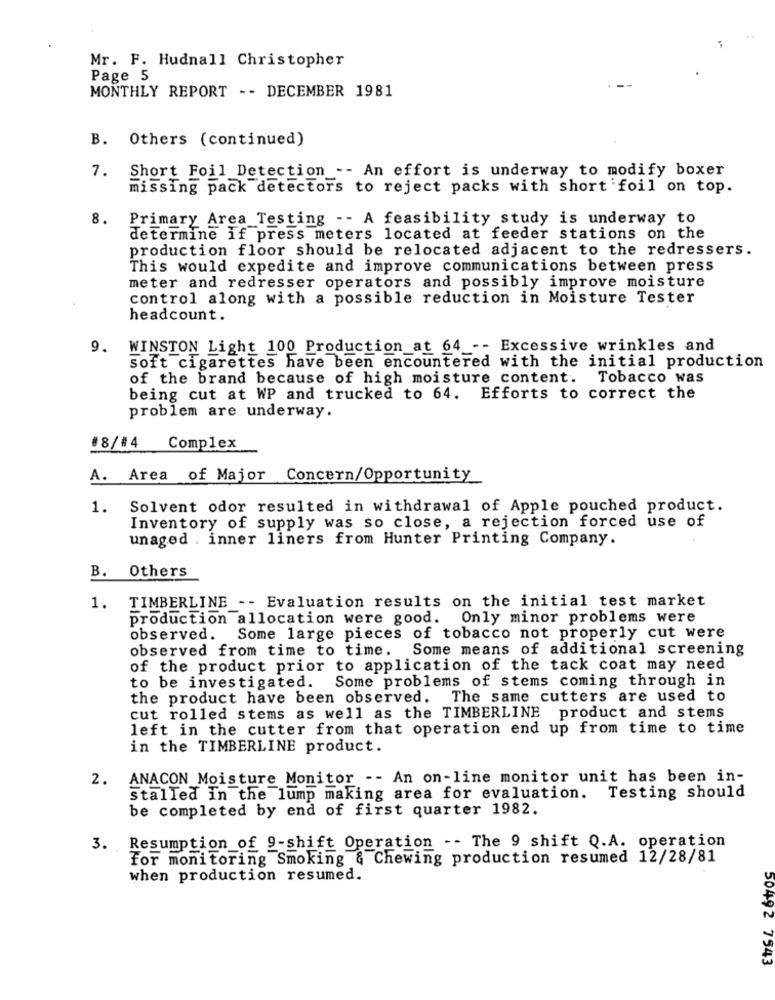
Mr. F. Hudnall Christopher
Page 5
MONTHLY REPORT -- DECEMBER 1981
B. Others (continued)
7.
Short Foil Detection -- An effort is underway to modify boxer
missing pack detectors to reject packs with short foil on top.
8.
Primary Area Testing -- A feasibility study is underway to
determine if press meters located at feeder stations on the
production floor should be relocated adjacent to the redressers.
This would expedite and improve communications between press
meter and redresser operators and possibly improve moisture
control along with a possible reduction in Moisture Tester
headcount.
9.
WINSTON Light 100 Production_at 64 -- Excessive wrinkles and
soft cigarettes have been encountered with the initial production
of the brand because of high moisture content. Tobacco was
being cut at WP and trucked to 64. Efforts to correct the
problem are underway.
#8/#4
Complex
A. Area of Major Concern/Opportunity
1. Solvent odor resulted in withdrawal of Apple pouched product.
Inventory of supply was so close, a rejection forced use of
unaged . inner liners from Hunter Printing Company.
B.
Others
1. TIMBERLINE -- Evaluation results on the initial test market
production allocation were good.
Only minor problems were
observed.
Some large pieces of tobacco not properly cut were
observed from time to time. Some means of additional screening
of the product prior to application of the tack coat may need
Some problems of stems coming through in
to be investigated.
the product have been observed. The same cutters are used to
cut rolled stems as well as the TIMBERLINE product and stems
left in the cutter from that operation end up from time to time
in the TIMBERLINE product.
2.
ANACON Moisture Monitor -- An on-line monitor unit has been in-
stalled in the lump making area for evaluation. Testing should
be completed by end of first quarter 1982.
3. Resumption_of 9-shift Operation -- The 9 shift Q.A. operation
For monitoring Smoking & Chewing production resumed 12/28/81
when production resumed.
50492 7543